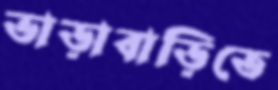
ভাড়াবাড়িতে